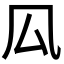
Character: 𠫗